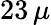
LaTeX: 23\, \mu